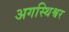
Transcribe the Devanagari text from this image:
अगस्थिश्वर